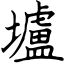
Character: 壚